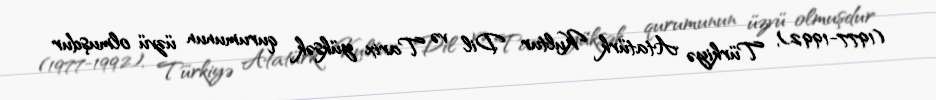
(1977-1992), Türkiyə Atatürk Kultur Dil və Tarix yüksək qurumunun üzvü olmuşdur